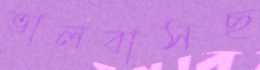
ভালবাসছ